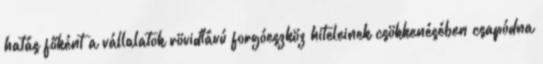
hatás főként a vállalatok rövidtávú forgóeszköz hiteleinek csökkenésében csapódna